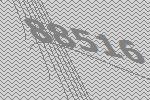
88516